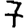
Digit: 7